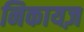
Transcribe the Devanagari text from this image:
निकायज़